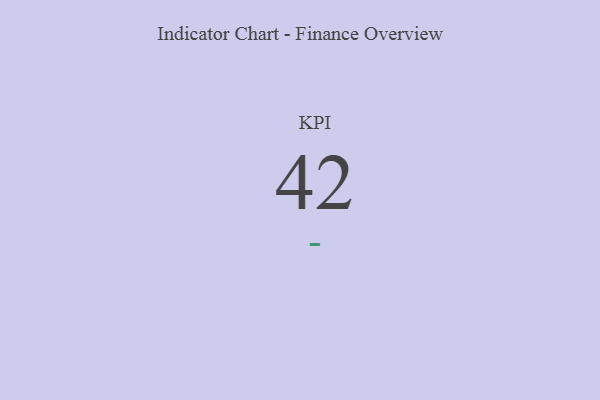
{"axis": {"x": "KPI", "y": "Value"}, "legend": [""], "data": [{"x": "KPI", "y": 42, "type": ""}]}